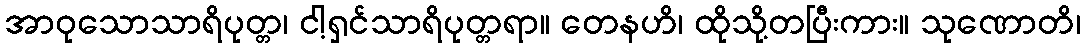
အာဝုသောသာရိပုတ္တ၊ ငါ့ရှင်သာရိပုတ္တရာ။ တေနဟိ၊ ထိုသို့တပြီးကား။ သုဏောတိ၊